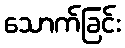
သောက်ခြင်း